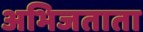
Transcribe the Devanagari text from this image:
अभिजताता